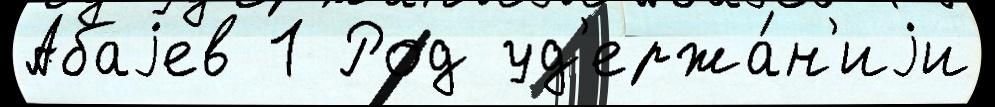
Абаjев 1 Род уд'ержа́н'иjи